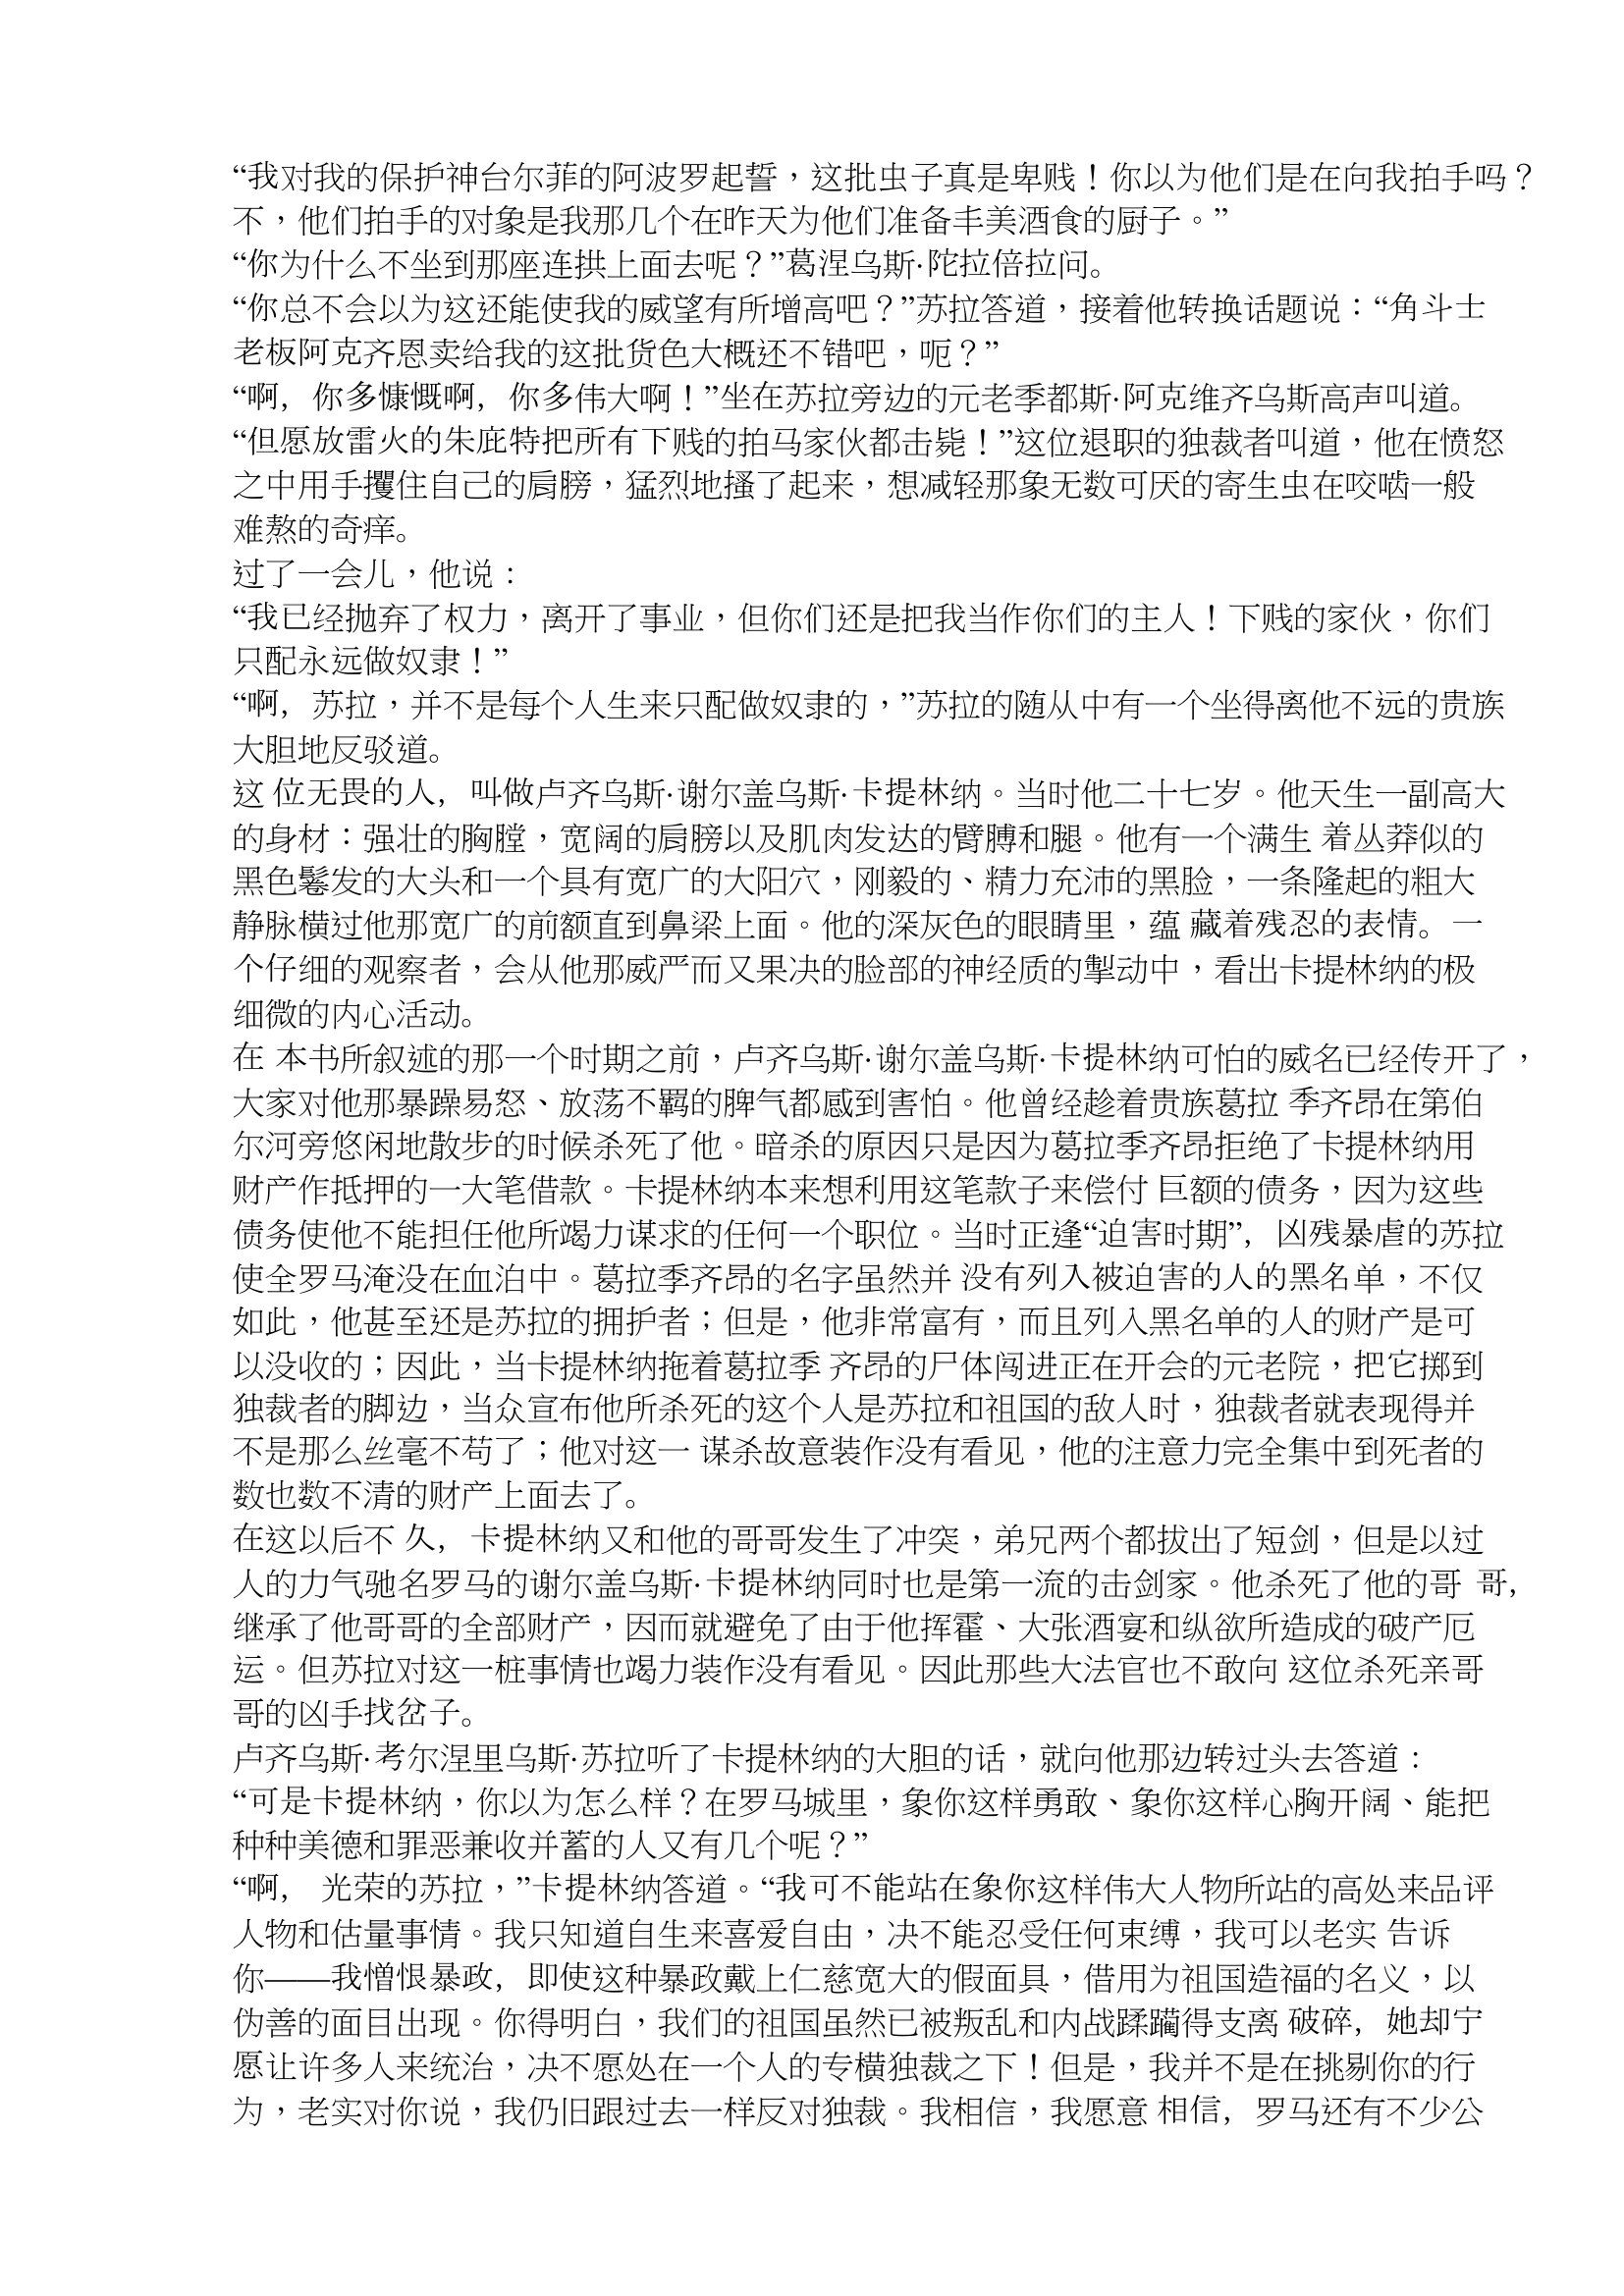
Language: zh